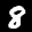
Label: 8